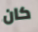
كان